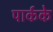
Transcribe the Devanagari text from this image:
पार्कके